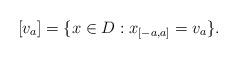
LaTeX: \begin{align*}[v_a]=\{x\in D : x_{[-a,a]}=v_a\}.\end{align*}